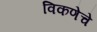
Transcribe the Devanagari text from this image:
विकणेचे